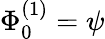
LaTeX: \Phi_{0}^{(1)}=\psi